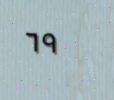
٦٩